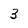
Character: 3